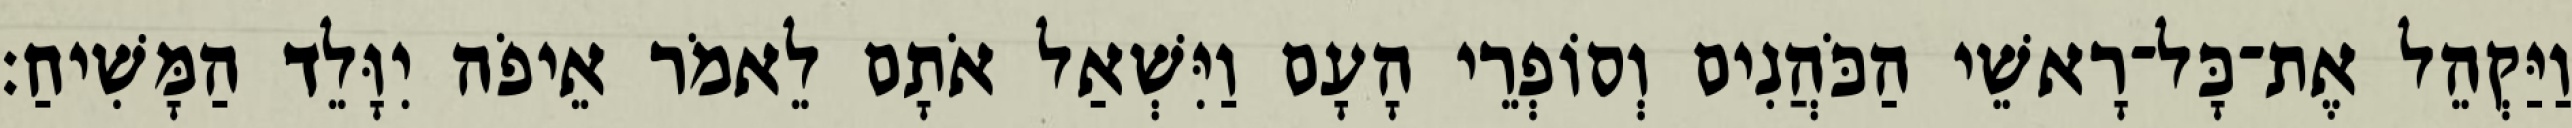
וַיַּקְהֵל אֶת־כָּל־רָאשֵׁי הַכֹּהֲנִים וְסוֹפְרֵי הָעָם וַיִּשְׁאַל אֹתָם לֵאמֹר אֵיפֹה יִוָּלֵד הַמָּשִׁיחַ׃